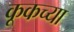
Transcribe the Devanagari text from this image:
कूकच्या